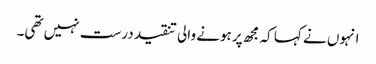
انہوں نے کہا کہ مجھ پر ہونے والی تنقید درست نہیں تھی۔